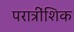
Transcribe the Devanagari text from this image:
परात्रींशिक